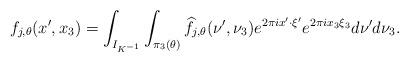
LaTeX: \begin{align*} f_{j,\theta}(x',x_3)=\int_{I_{K^{-1}}}\int_{\pi_3(\theta)}\widehat{f}_{j,\theta}(\nu',\nu_3)e^{2\pi ix'\cdot\xi'}e^{2\pi i x_3\xi_3}d\nu'd\nu_3 .\end{align*}